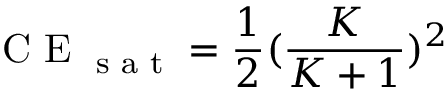
\textrm { C E } _ { \textrm { s a t } } = \frac { 1 } { 2 } ( \frac { K } { K + 1 } ) ^ { 2 }